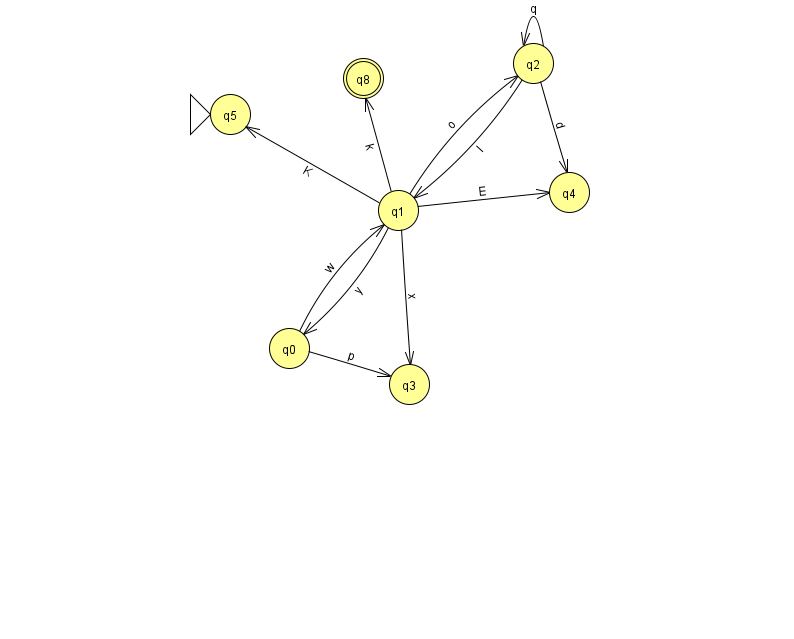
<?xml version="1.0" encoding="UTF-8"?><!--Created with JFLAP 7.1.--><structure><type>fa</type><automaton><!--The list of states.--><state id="0" name="q0"><x>289.0</x><y>335.0</y></state><state id="1" name="q1"><x>398.0</x><y>197.0</y></state><state id="2" name="q2"><x>533.0</x><y>50.0</y></state><state id="3" name="q3"><x>409.0</x><y>371.0</y></state><state id="4" name="q4"><x>569.0</x><y>179.0</y></state><state id="5" name="q5"><x>230.0</x><y>101.0</y><initial/></state><state id="8" name="q8"><x>363.0</x><y>65.0</y><final/></state><!--The list of transitions.--><transition><from>1</from><to>4</to><read>E</read></transition><transition><from>0</from><to>3</to><read>p</read></transition><transition><from>2</from><to>2</to><read>q</read></transition><transition><from>1</from><to>0</to><read>y</read></transition><transition><from>1</from><to>3</to><read>x</read></transition><transition><from>2</from><to>4</to><read>d</read></transition><transition><from>1</from><to>5</to><read>K</read></transition><transition><from>1</from><to>2</to><read>o</read></transition><transition><from>1</from><to>8</to><read>k</read></transition><transition><from>0</from><to>1</to><read>w</read></transition><transition><from>2</from><to>1</to><read>I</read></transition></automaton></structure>